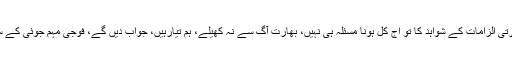
انہوں نے کہا کہ بھارتی الزامات کے شواہد کا تو آج کل ہونا مسئلہ ہی نہیں، بھارت آگ سے نہ کھیلے، ہم تیارہیں، جواب دیں گے، فوجی مہم جوئی کے سنگین نتائج ہوں گے۔